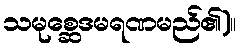
သမုစ္ဆေဒမရဏမည်၏)။